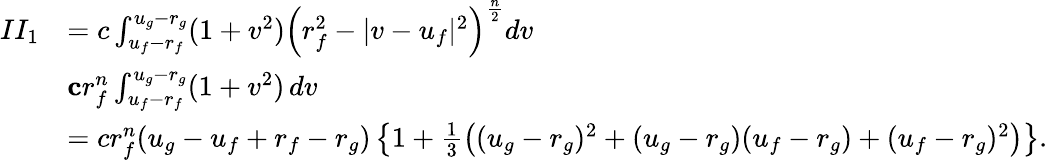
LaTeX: \begin{array}{rl}{II_{1}}&{=c\int_{u_{f}-r_{f}}^{u_{g}-r_{g}}(1+v^{2})\left(r_{f}^{2}-|v-u_{f}|^{2}\right)^{\frac n2}dv}\\ &{\le cr_{f}^{n}\int_{u_{f}-r_{f}}^{u_{g}-r_{g}}(1+v^{2})\, dv}\\ &{=cr_{f}^{n}(u_{g}-u_{f}+r_{f}-r_{g})\left\{ 1+\frac 13\left((u_{g}-r_{g})^{2}+(u_{g}-r_{g})(u_{f}-r_{g})+(u_{f}-r_{g})^{2}\right)\right\} .}\end{array}